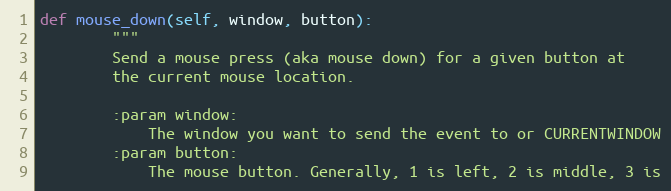
Language: Python
def mouse_down(self, window, button):
        """
        Send a mouse press (aka mouse down) for a given button at
        the current mouse location.

        :param window:
            The window you want to send the event to or CURRENTWINDOW
        :param button:
            The mouse button. Generally, 1 is left, 2 is middle, 3 is